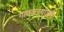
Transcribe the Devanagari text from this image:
गावकऱ्यांतर्फे